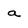
Character: a